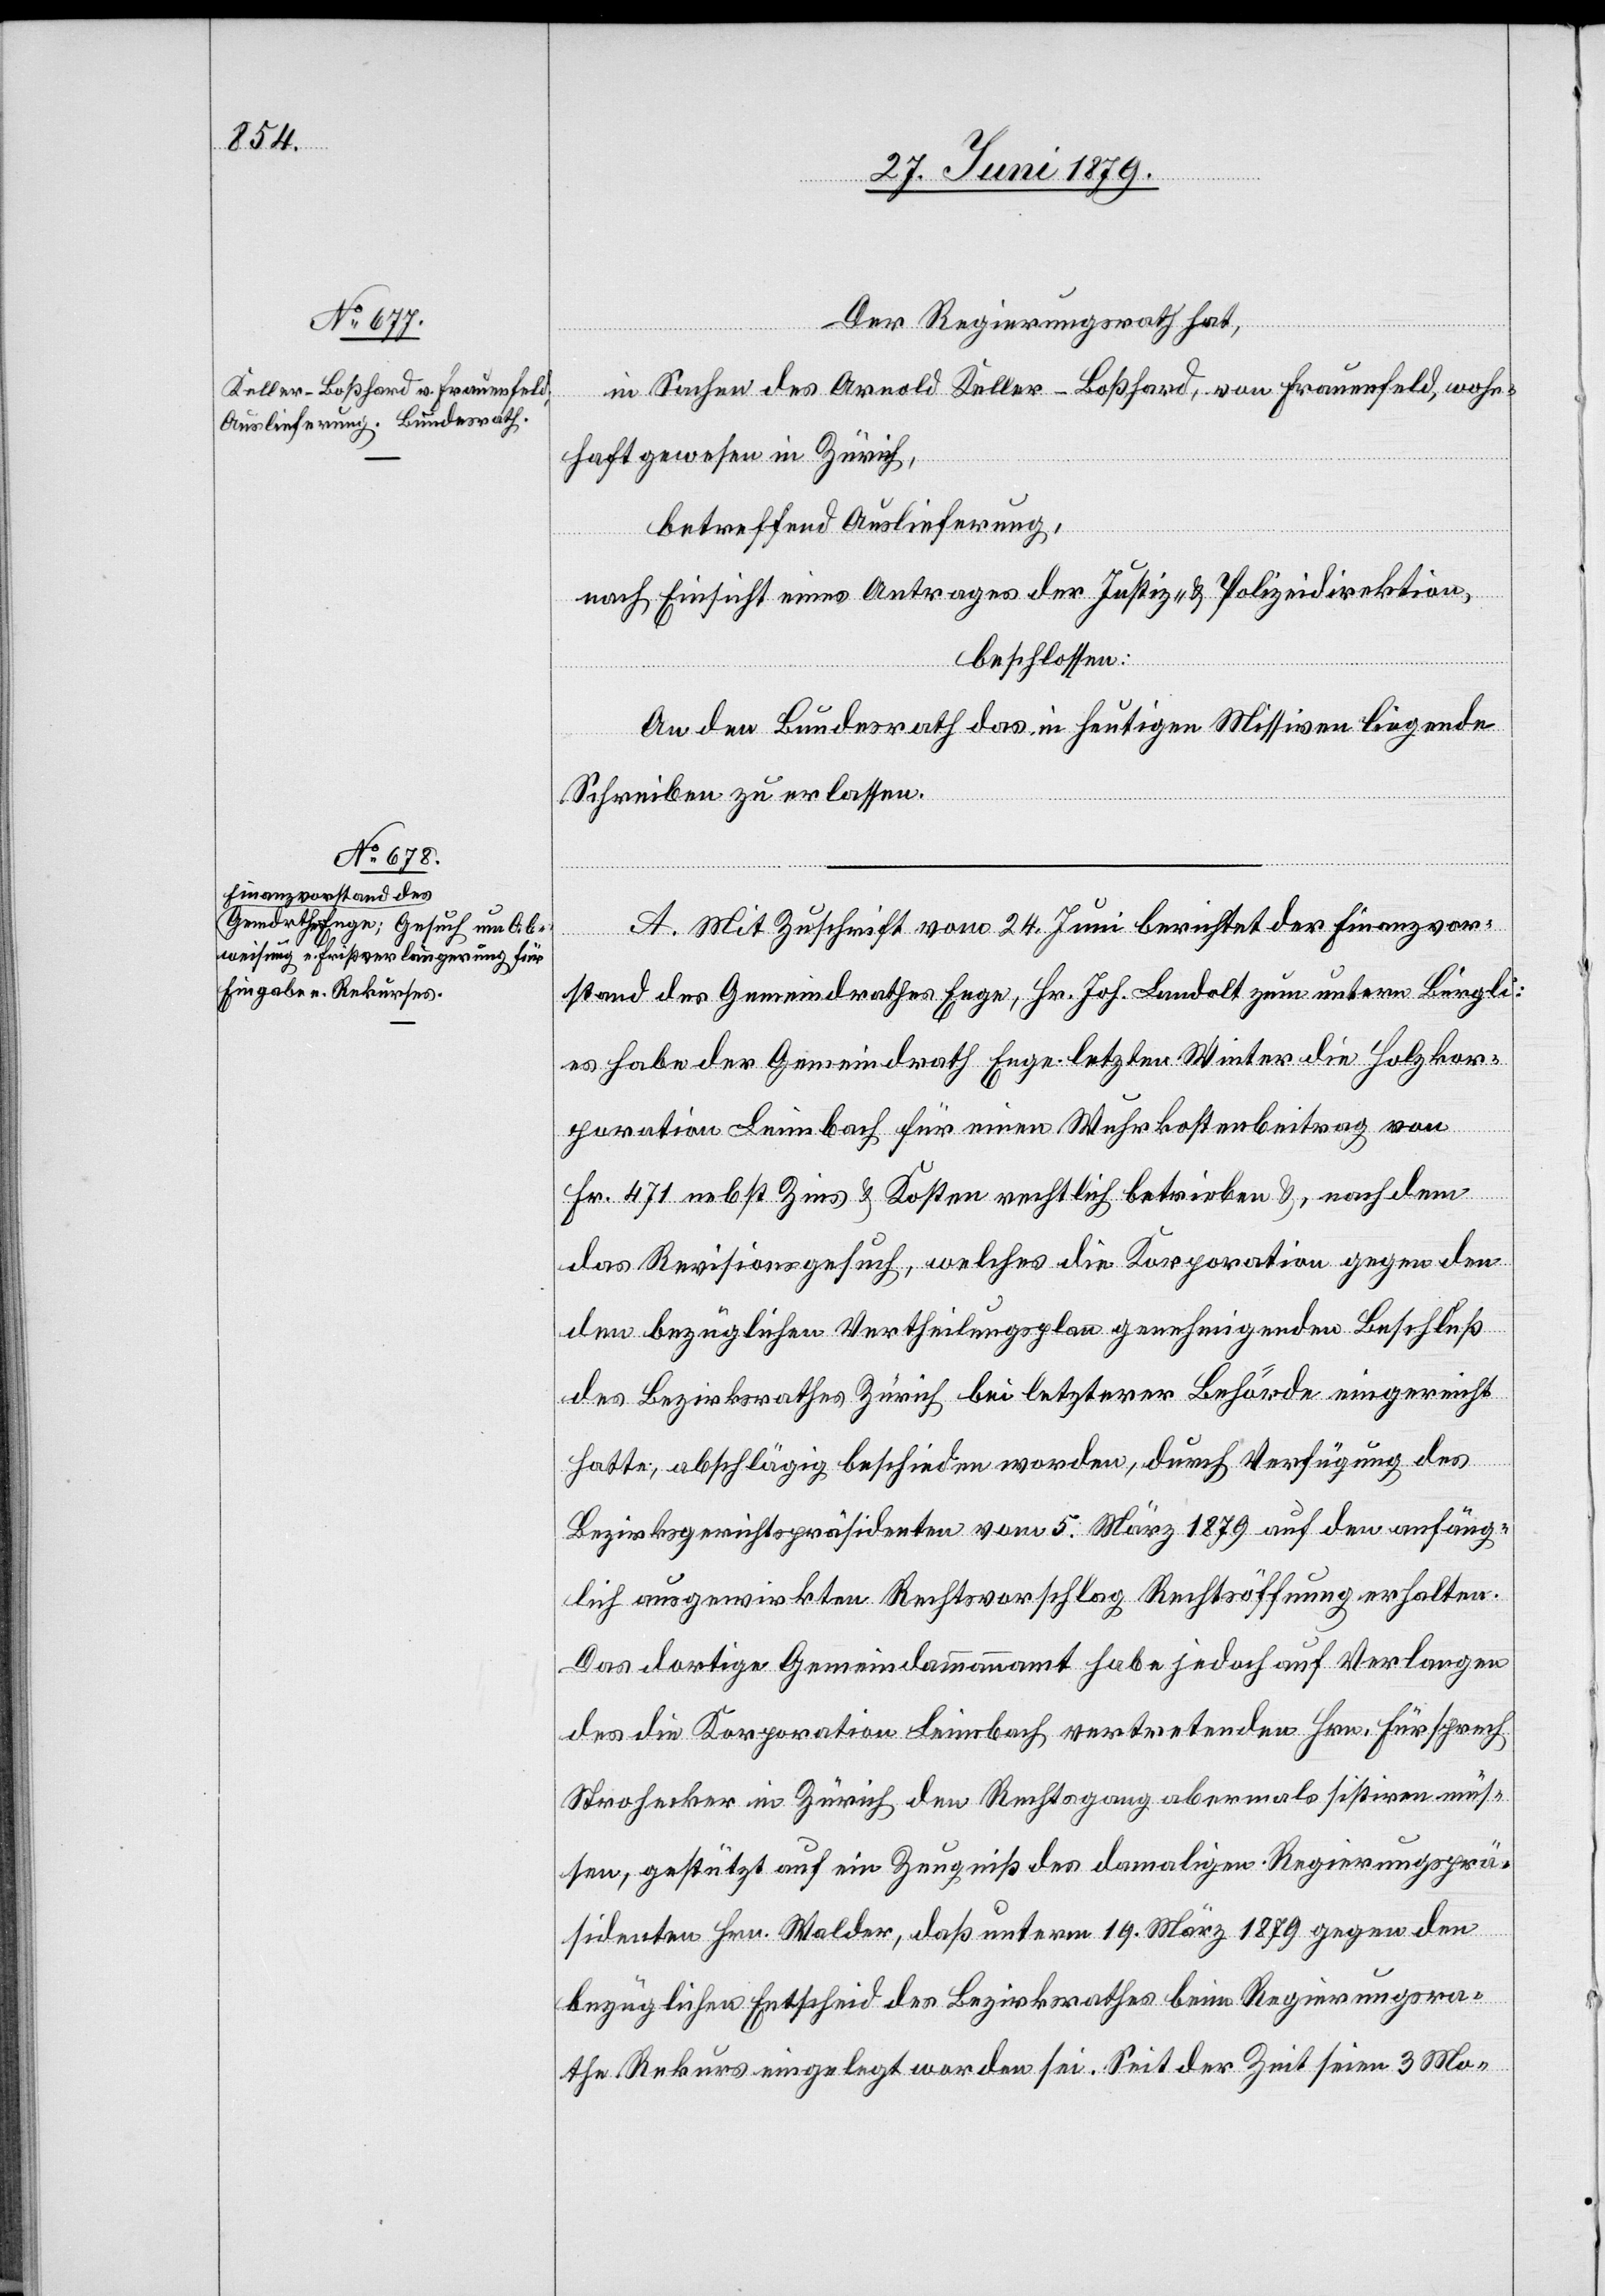
27. Juni 1879.]
Der Regierungsrath hat,
in Sachen des Arnold Keller-Boßhard, von Frauenfeld, wohn¬
haft gewesen in Zürich,
betreffend Auslieferung,
nach Einsicht eines Antrages der Justiz- & Polizeidirektion,
beschlossen:
An den Bundesrath das in heutigen Missiven liegende
Schreiben zu erlassen.
A. Mit Zuschrift vom 24. Juni berichtet der Finanzvor¬
stand des Gemeindrathes Enge, Hr. Joh. Landolt zum untern Bürgli:
es habe der Gemeindrath Enge letzten Winter die Holzkor¬
poration Leimbach für einen Wuhrkostenbeitrag von
Fr. 471 nebst Zins & Kosten rechtlich betrieben &, nachdem
das Revisionsgesuch, welches die Korporation gegen den
den bezüglichen Vertheilungsplan genehmigenden Beschluß
des Bezirksrathes Zürich bei letzterer Behörde eingereicht
hatte, abschlägig beschieden worden, durch Verfügung des
Bezirksgerichtspräsidenten vom 5. März 1879 auf den anfäng¬
lich ausgewirkten Rechtsvorschlag Rechtsöffnung erhalten.
Das dortige Gemeindammannamt habe jedoch auf Verlangen
des die Korporation Leimbach vertretenden Hrn. Fürsprech
Strohecker in Zürich den Rechtsgang abermals sistiren müs¬
sen, gestützt auf ein Zeugniß des damaligen Regierungsprä¬
sidenten Hrn. Walder, daß unterm 19. März 1879 gegen den
bezüglichen Entscheid des Bezirksrathes beim Regierungsra¬
the Rekurs eingelegt worden sei. Seit der Zeit seien 3 Mo-